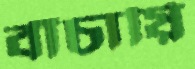
বাঁচায়ি